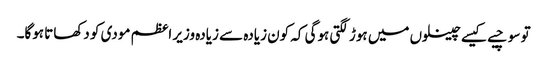
تو سوچیے کیسے چینلوں میں ہوڑ لگتی ہوگی کہ کون زیادہ سے زیادہ وزیر اعظم مودی کو دکھاتا ہوگا۔